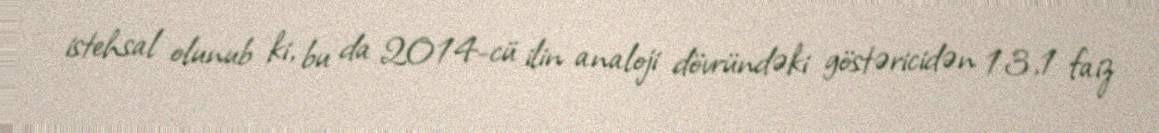
istehsal olunub ki, bu da 2014-cü ilin analoji dövründəki göstəricidən 13,1 faiz